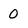
Character: 0